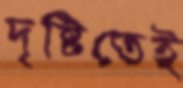
দৃষ্টিতেই